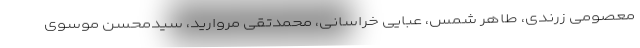
معصومی زرندی، طاهر شمس، عبایی خراسانی، محمدتقی مروارید، سیدمحسن موسوی